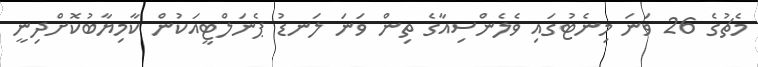
މެޗުގެ 26 ވަނަ މިނެޓުގައި ވެލެންސިއާގެ ތިން ވަނަ ލަނޑު ޕެނަލްޓީއަކުން ކާމިޔާބުކޮށްދިނީ